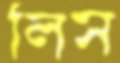
লিস